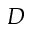
D